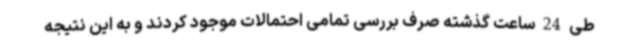
طی 24 ساعت گذشته صرف بررسی تمامی احتمالات موجود کردند و به این نتیجه